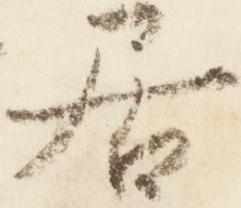
居